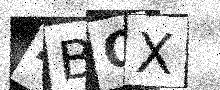
Text: 4BQX